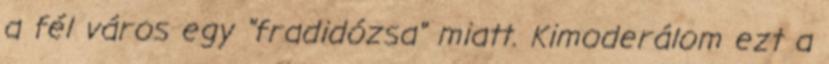
a fél város egy "fradidózsa" miatt. Kimoderálom ezt a